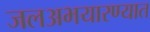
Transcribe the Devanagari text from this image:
जलअभयारण्यात